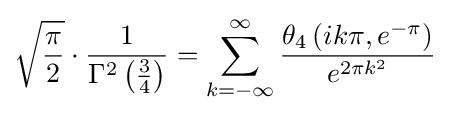
{\sqrt {\frac {\pi }{2}}}\cdot {\frac {1}{\Gamma ^{2}\left({\frac {3}{4}}\right)}}=\sum _{k=-\infty }^{\infty }{\frac {\theta _{4}\left(ik\pi ,e^{-\pi }\right)}{e^{2\pi k^{2}}}}